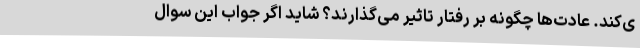
ی‌کند. عادت‌ها چگونه بر رفتار تاثیر می‌گذارند؟ شاید اگر جواب این سوال